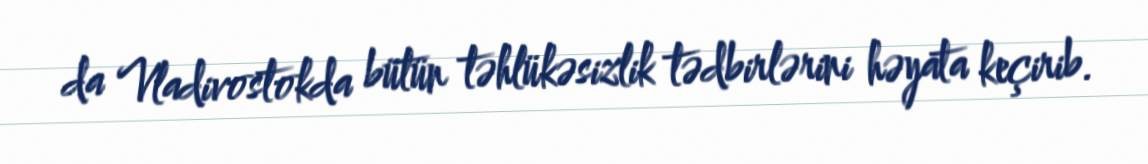
da Vladivostokda bütün təhlükəsizlik tədbirlərini həyata keçirib.